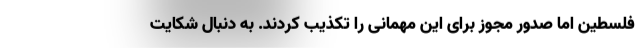
فلسطین اما صدور مجوز برای این مهمانی را تکذیب کردند. به دنبال شکایت